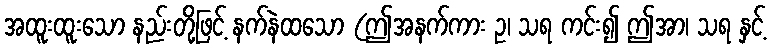
အထူးထူးသော နည်းတို့ဖြင့် နက်နဲထသော (ဤအနက်ကား ဥ၊ သရ ကင်း၍ ဤအာ၊ သရ နှင့်